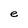
Character: e